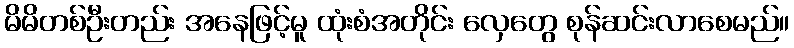
မိမိတစ်ဦးတည်း အနေဖြင့်မူ ထုံးစံအတိုင်း လှေတွေ စုန်ဆင်းလာစေမည်။